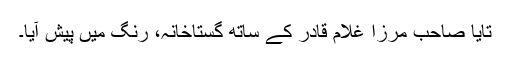
تایا صاحب مرزا غلام قادر کے ساتھ گستاخانہ، رنگ میں پیش آیا۔